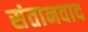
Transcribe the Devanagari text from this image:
संतानवाद